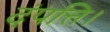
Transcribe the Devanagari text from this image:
दंपत्ति।